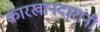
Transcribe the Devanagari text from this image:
कारखानदारांनी